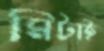
মিটাই